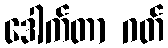
ဒေါက်တာ ဂတ်